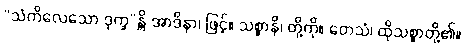
“သံကိလေသော ဒုက္ခ”န္တိ အာဒိနာ၊ ဖြင့်။ သစ္စာနိ၊ တို့ကို။ တေသံ၊ ထိုသစ္စာတို့၏။